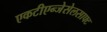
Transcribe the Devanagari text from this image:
एकटीएन्जेसेलसाफ्ट